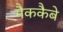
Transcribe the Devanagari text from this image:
मैककैबे